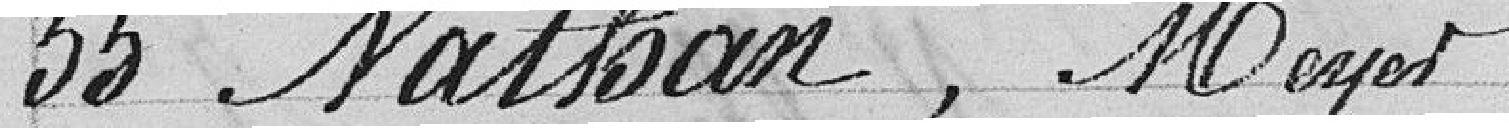
55 Nathan, Meyer